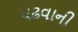
પઢવાની